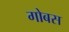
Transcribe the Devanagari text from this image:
गोबस